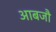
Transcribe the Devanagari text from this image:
आबजौ